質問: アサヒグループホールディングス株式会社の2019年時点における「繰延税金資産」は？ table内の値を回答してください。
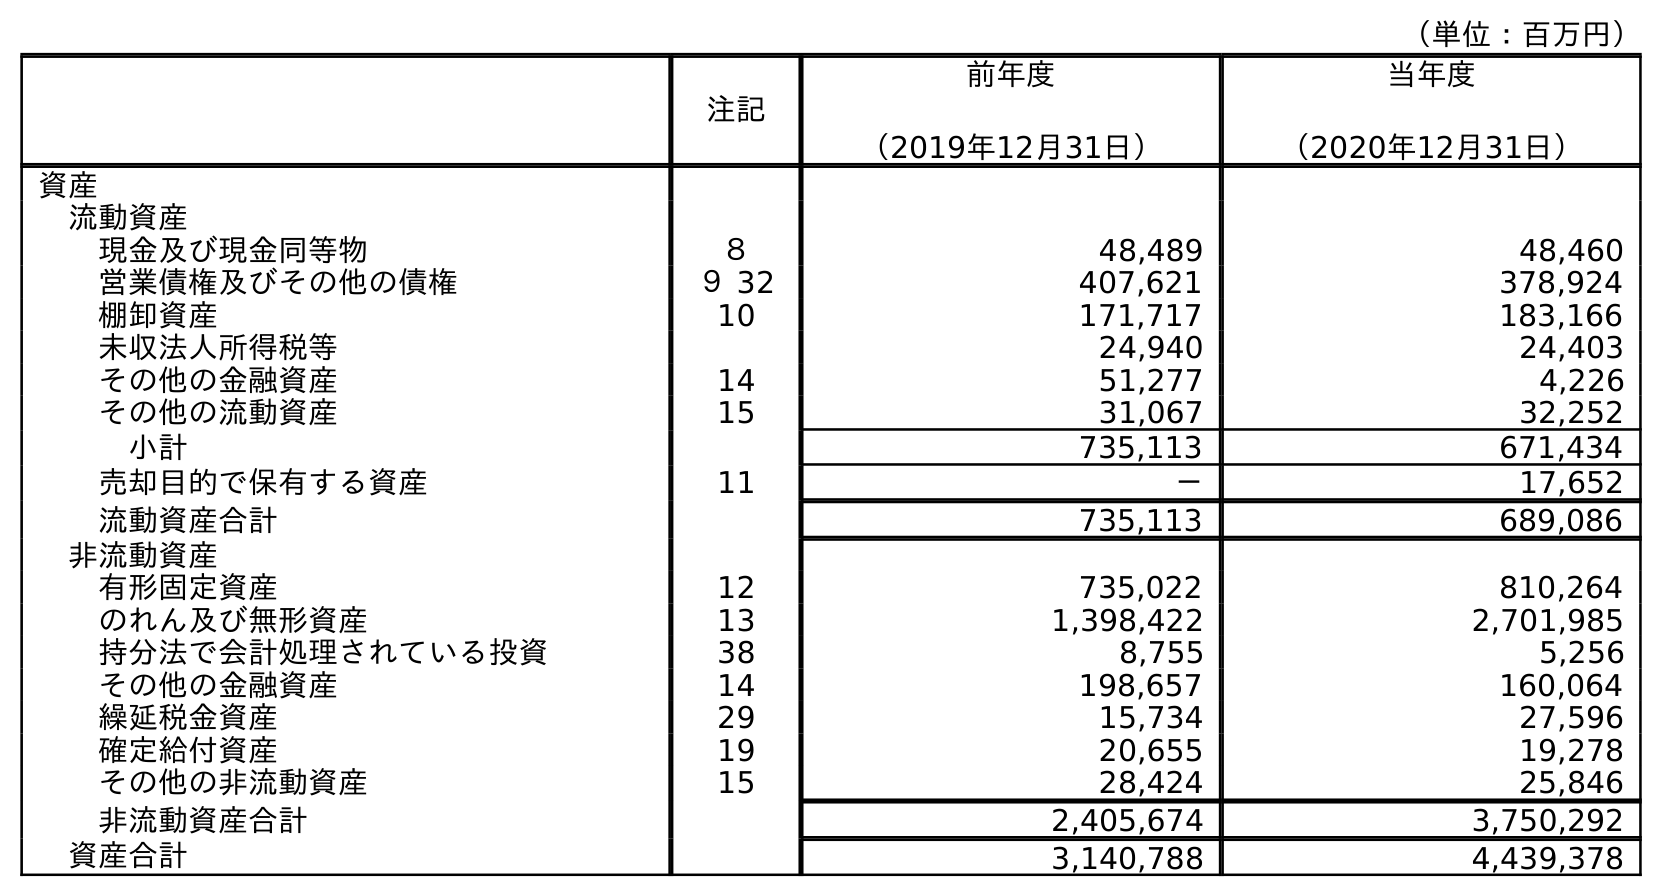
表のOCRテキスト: （単位：百万円） 注記 前年度 （2019年12月31日） 当年度 （2020年12月31日） 資産 流動資産 現金及び現金同等物 ８ 48,489 48,460 営業債権及びその他の債権 ９ 32 407,621 378,924 棚卸資産 10 171,717 183,166 未収法人所得税等 24,940 24,403 その他の金融資産 14 51,277 4,226 その他の流動資産 15 31,067 32,252 小計 735,113 671,434 売却目的で保有する資産 11 － 17,652 流動資産合計 735,113 689,086 非流動資産 有形固定資産 12 735,022 810,264 のれん及び無形資産 13 1,398,422 2,701,985 持分法で会計処理されている投資 38 8,755 5,256 その他の金融資産 14 198,657 160,064 繰延税金資産 29 15,734 27,596 確定給付資産 19 20,655 19,278 その他の非流動資産 15 28,424 25,846 非流動資産合計 2,405,674 3,750,292 資産合計 3,140,788 4,439,378
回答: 15,734